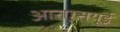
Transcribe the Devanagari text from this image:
आरएसयूई